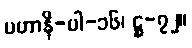
မဟာနိ-ပါ-၁၆၊ ဋ္ဌ-၇၂။